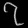
Digit: ၇